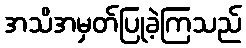
အသိအမှတ်ပြုခဲ့ကြသည်